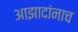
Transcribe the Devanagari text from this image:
आझादांनाच